Lunatic asylums Madras 1877-1891 - 1877-1891
Year: 1877
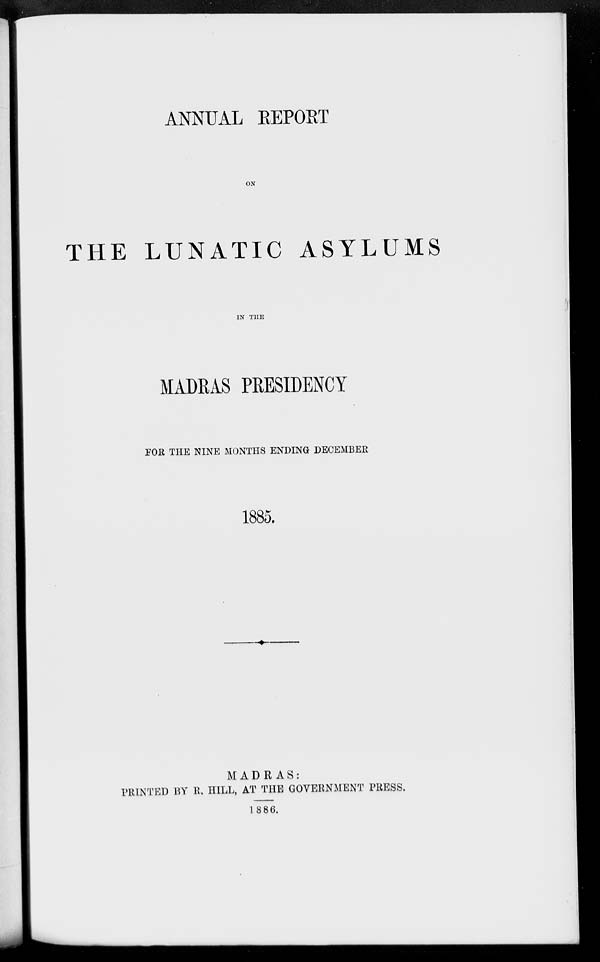
ANNUAL REPORT
ON
THE LUNATIC ASYLUMS
IN THE
MADRAS PRESIDENCY
FOR THE NINE MONTHS ENDING DECEMBER
1885.
MADRAS :
PRINTED BY R. HILL, AT THE GOVERNMENT PRESS.
1886.